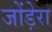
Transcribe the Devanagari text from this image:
जोंड़ेरा